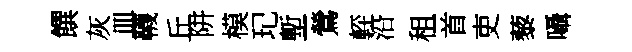
饌灰皿韈丘阱模玘塹鶯䡖沿租首吏藜囁